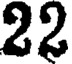
22